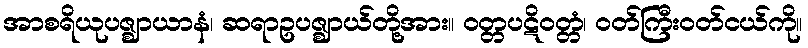
အာစရိယုပဇ္ဈာယာနံ၊ ဆရာဥပဇ္ဈာယ်တို့အား။ ဝတ္တပဋိဝတ္တံ၊ ဝတ်ကြီးဝတ်ငယ်ကို။